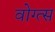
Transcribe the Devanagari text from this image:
वोग्त्स